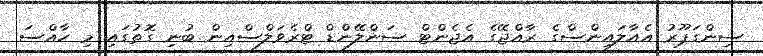
ސިންގަޕޫރު އެއާލައިންސްގެ ރާއްޖޭގެ އެޖެންޓް ސަންލޭންޑް ޓްރެވަލްސްއިން ބުނި ގޮތުގައި މި ހާއްސަ